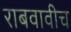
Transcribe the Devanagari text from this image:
राबवावीच